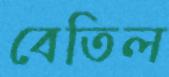
বেতিল